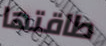
طاقتها